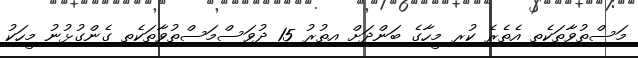
މަސްތުވާތަކެތި އެތެރެ ކުރި މީހާގެ ބަންދަށް އިތުރު 15 ދުވަސްމަސްތުވާތަކެތި ގެންގުޅުނު މީހަކު